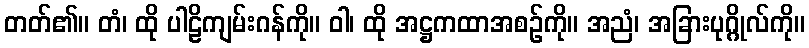
တတ်၏။ တံ၊ ထို ပါဠိကျမ်းဂန်ကို။ ဝါ၊ ထို အဋ္ဌကထာအစဉ်ကို။ အညံ၊ အခြားပုဂ္ဂိုလ်ကို။